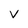
Character: v